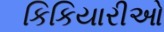
કિકિયારીઓ